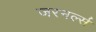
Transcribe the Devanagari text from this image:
जरनर्ल्स